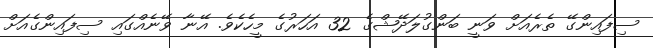
ސިފައިންގޭ ތެރެއަށް ވަނީ ބަންގުލަދޭޝްގެ 32 އަހަރުގެ މީހެކެވެ. އޭނާ ވޭނެއްގައި ސިފައިންގެއަށް